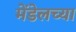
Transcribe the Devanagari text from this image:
मेंडेलच्या